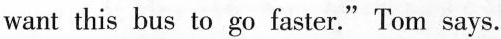
want this bus to go faster."Tom says.